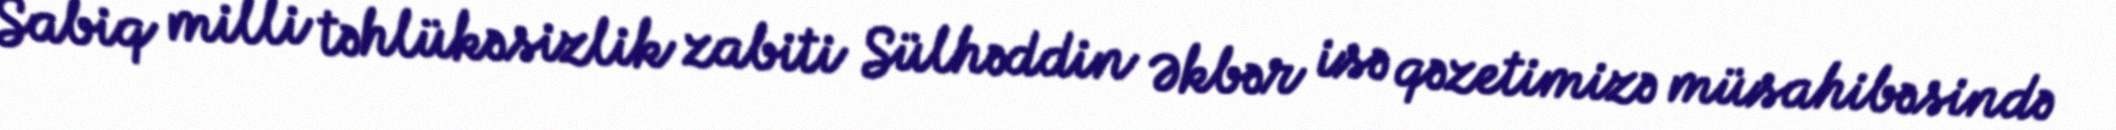
Sabiq milli təhlükəsizlik zabiti Sülhəddin Əkbər isə qəzetimizə müsahibəsində